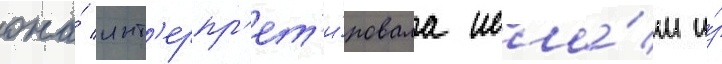
она́ инт'ерпр'ет'и́ровала исла́м и́з